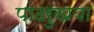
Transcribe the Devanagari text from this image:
पांढरुखया